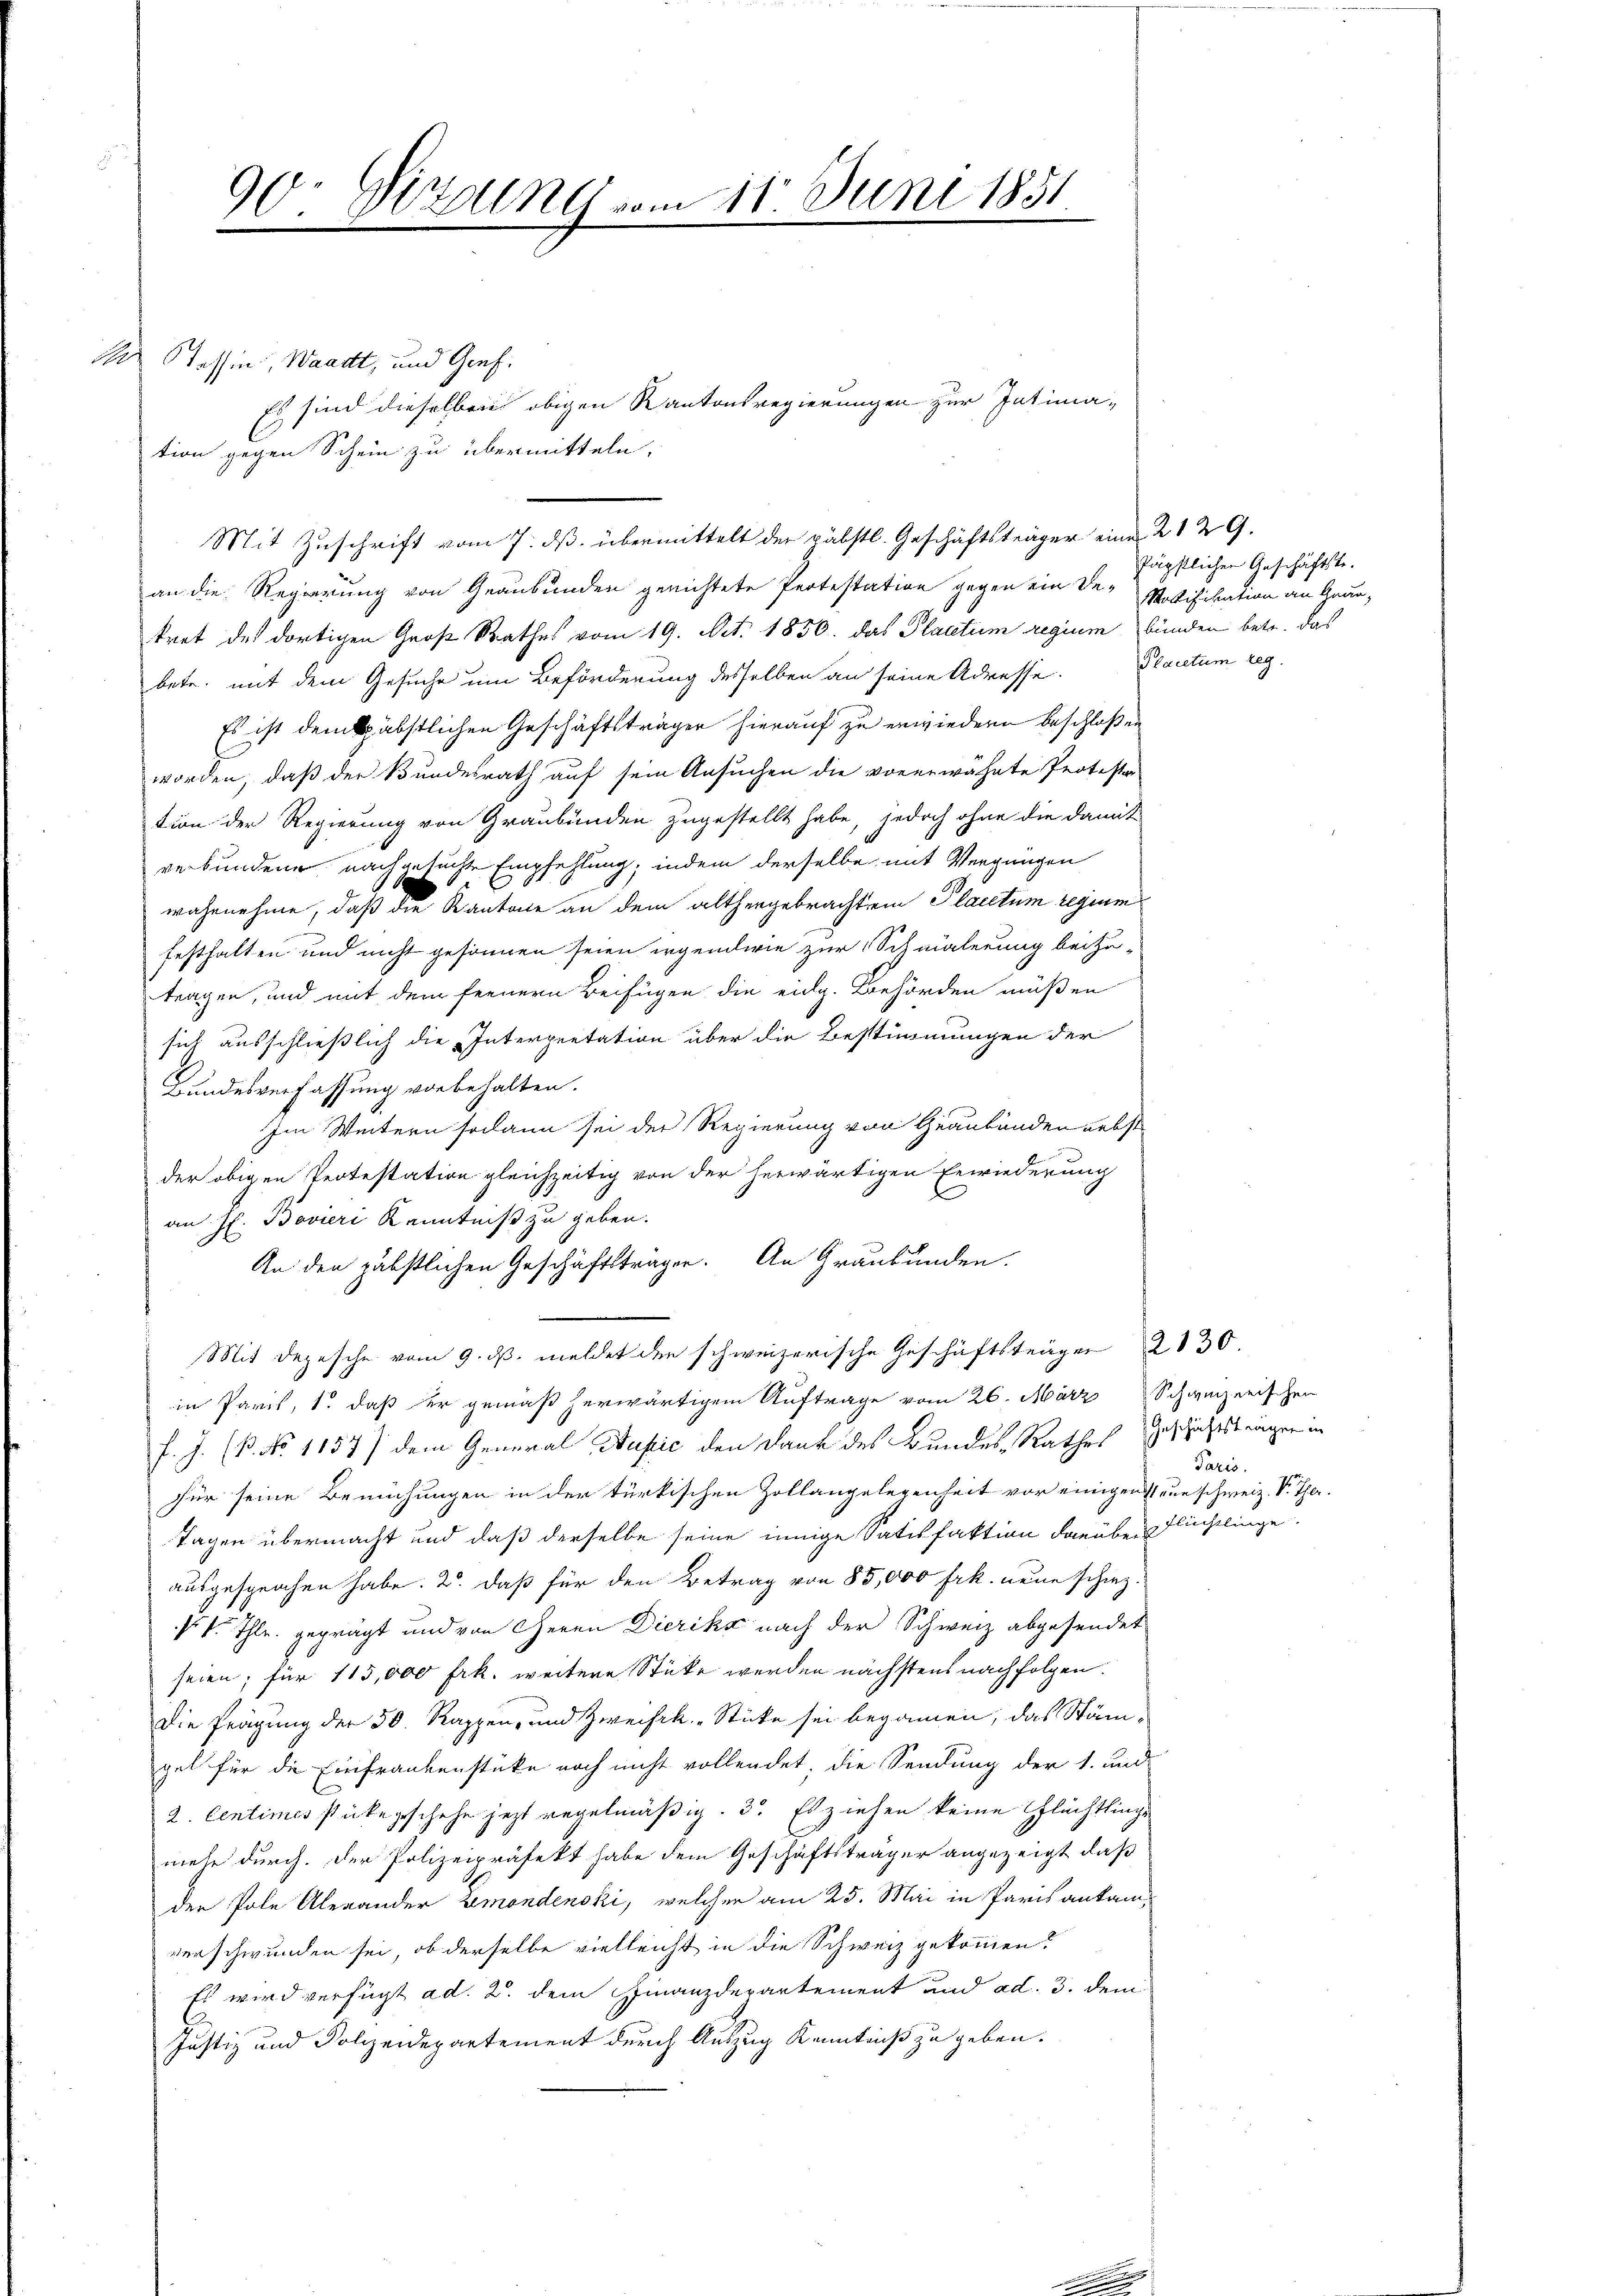
A

90: Dizumes vom 11. Juni 1851
u

Tessin, Waadt, und Genf.
tion gegen Schein zu übermitteln,
an die Regierung von Graubünden gerichtete Protestation gegen ein De-Potifikation an Grautrat des dortigen Groß Rathes vom 19. Act. 1850. das Plactum regium bunden betr. das
betr. mit dem Gesuche um Beförderung desselben an seine Adresse. Plactum reg
Es ist dem käbstlichen Geschäftsträger hierauf zu erwiedern beschloßen
worden, daß der Bundesrath auf sein Ansuchen die vorerwähnte Protestor
tion der Regierung von Graubünden zugestellt habe, jedoch ohne die damit
verbundene nachgesuchte Empfehlung, indem derselbe mit Vergnügen
d
wahrnehme, daß die Kantone an dem althergebrachtem Placetum regium
festhalten und nicht gesonnen seien irgendwie zur Schmälerung beizu-
tragen, und mit dem fernern Beifügen die eidg. Behörden müßen
sich ausschließlich die Interpretation über die Bestimmungen der
Bundesverfassung vorbehalten.
Im Weitern sodann sei der Regierung von Graubünden nebst
der obigen Protestation gleichzeitig von der herwärtigen Erwiederung
an J. Boviri Kenntniß zu geben.
An den gäbstlichen Geschäftsträger. An Graubünden.
Mit Depesche vom 9. ds. meldet den schweizerische Geschäftsträger 2130
in Paris, 1. daß er gemäß herwärtigem Auftrage vom 26. März
f. J. (B. No. 1157) dem General Supić den Dank des Bundes, Rathes
für seine Bemühungen in der türkischen Zollangelegenheit vor einigen nun schweiz. S. Tha
Tagen übermacht und daß derselbe seine innige Satisfaktion darüber Flüchtlinge.
ausgesprochen habe. 2. daß für den Betrag von 85,000 Frk. neue schie¬
P. v. Thlr. geprägt und von Herrn Dierika nach der Schweiz abgesendet
seien; für 113,000 Frk. weitere Stücke werden nächstens nachfolgen.
Die Frägung der 50. Rappen, und Zweifek-Stücke sei begonnen, das Stängel für die Einfrankenstüke noch nicht vollendet, die Sendung der 1. und
2. Centimes stücke geschehe jetzt regelmäßig. 3. Es ziehen keine Flüchtlinge
mehr durch. Der Polizeipräfekt habe dem Geschäftsträger angezeigt, daß
der Pole Alexander Zemondenski, welcher am 25. Mai in Paris ankam,
verschwunden sei, ob derselbe vielleicht in die Schweiz gekommen?
Es wird verfügt ad. 2. dem Finanzdepartement und ad. 3. dem
Justiz und Polizeidepartement durch Auszug Kenntniß zu geben.

Mit Zuschrift vom 7. ds. übermittelt der päbstl. Geschäftsträger eine 2129.

Es sind dieselben obigen Kantonsregierungen zur Intima-

päpstlichen Geschäftste.

Schweizerischen
Geschäftsträgen in
Paris.